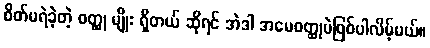
စိတ်မရဲခဲ့တဲ့ ဝတ္ထု မျိုး ရှိတယ် ဆိုရင် အဲဒါ အမေဝတ္ထုပဲဖြစ်ပါလိမ့်မယ်။